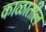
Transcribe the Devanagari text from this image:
काळातील्